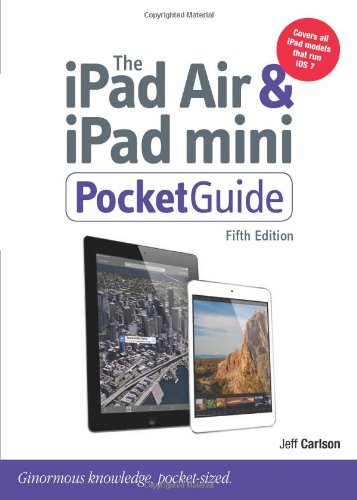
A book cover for The iPad Air and iPad mini Pocket Guide (5th Edition); Jeff Carlson; Computers & Technology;